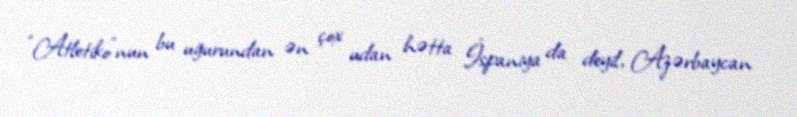
“Atletiko”nun bu uğurundan ən çox udan hətta İspaniya da deyil, Azərbaycan